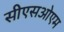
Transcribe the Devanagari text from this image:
सीएसओएम